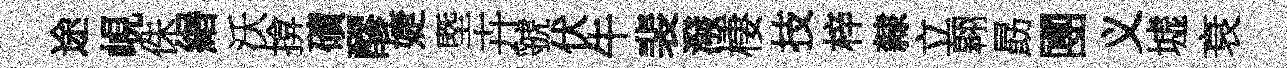
途峴侏緡沃揜磧醪婕塈卉虢伏牛裴潑棲技梓隸立翱勗圑义墟衰